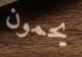
يحمون